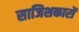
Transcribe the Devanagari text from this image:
साजिशकारों